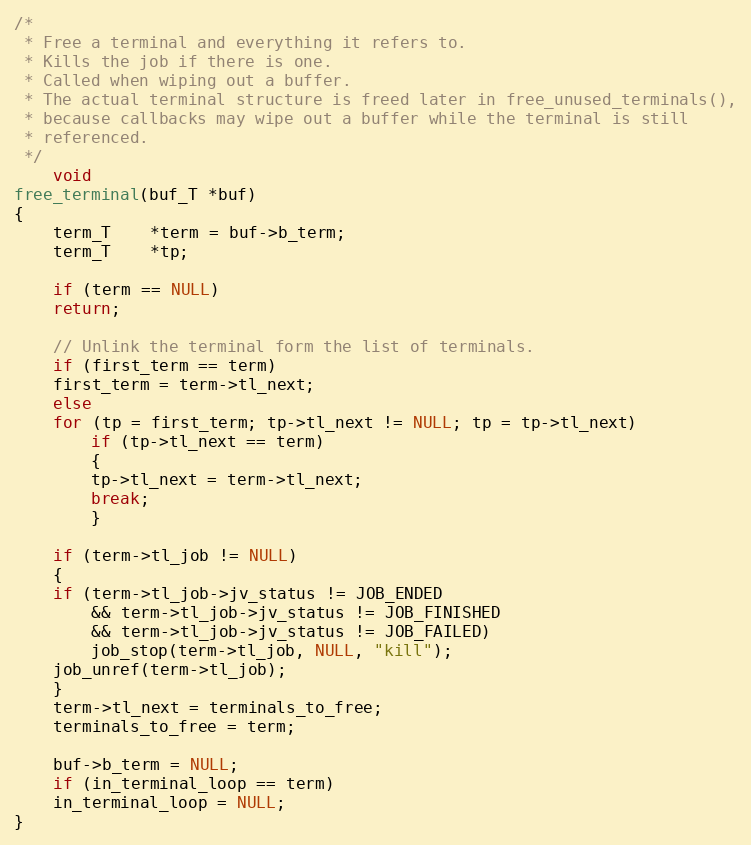
Language: C
/*
 * Free a terminal and everything it refers to.
 * Kills the job if there is one.
 * Called when wiping out a buffer.
 * The actual terminal structure is freed later in free_unused_terminals(),
 * because callbacks may wipe out a buffer while the terminal is still
 * referenced.
 */
    void
free_terminal(buf_T *buf)
{
    term_T	*term = buf->b_term;
    term_T	*tp;

    if (term == NULL)
	return;

    // Unlink the terminal form the list of terminals.
    if (first_term == term)
	first_term = term->tl_next;
    else
	for (tp = first_term; tp->tl_next != NULL; tp = tp->tl_next)
	    if (tp->tl_next == term)
	    {
		tp->tl_next = term->tl_next;
		break;
	    }

    if (term->tl_job != NULL)
    {
	if (term->tl_job->jv_status != JOB_ENDED
		&& term->tl_job->jv_status != JOB_FINISHED
		&& term->tl_job->jv_status != JOB_FAILED)
	    job_stop(term->tl_job, NULL, "kill");
	job_unref(term->tl_job);
    }
    term->tl_next = terminals_to_free;
    terminals_to_free = term;

    buf->b_term = NULL;
    if (in_terminal_loop == term)
	in_terminal_loop = NULL;
}